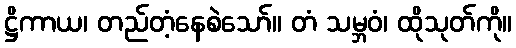
ဋ္ဌိကာယ၊ တည်တံ့နေစဲသော်။ တံ သမ္ဘဝံ၊ ထိုသုတ်ကို။